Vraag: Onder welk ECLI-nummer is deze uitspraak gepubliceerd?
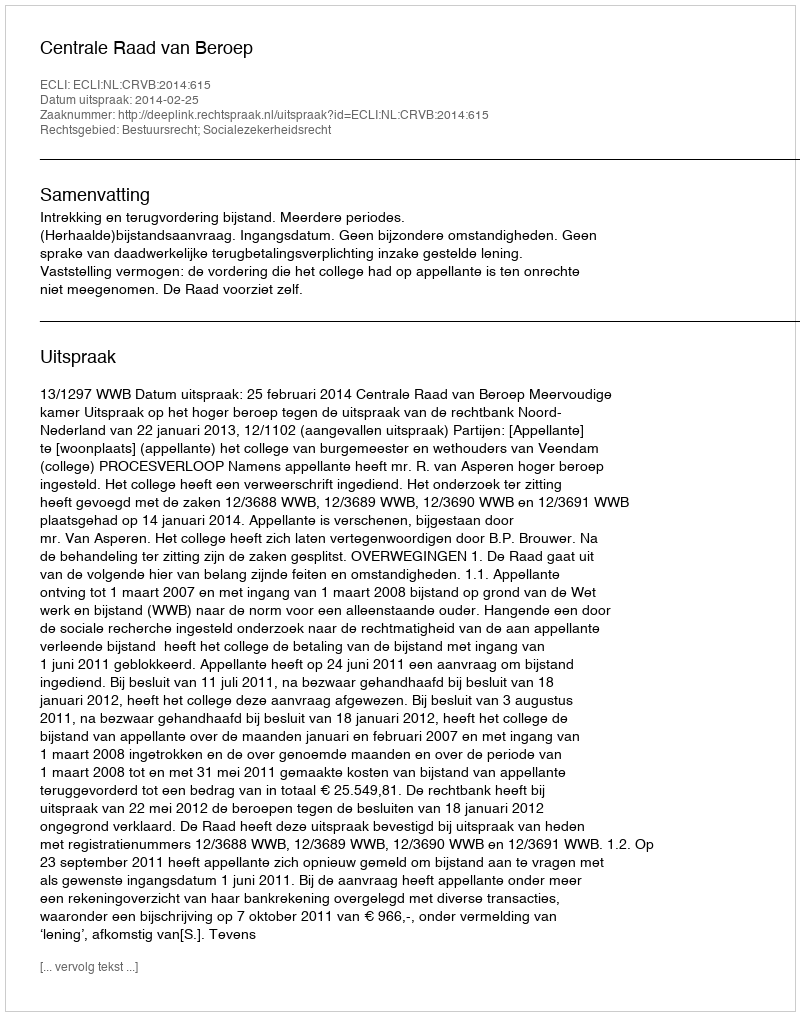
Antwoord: ECLI:NL:CRVB:2014:615